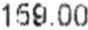
159.00